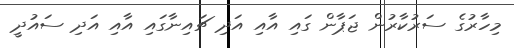
މިހާރުގެ ސަރުކާރުން ޖަޕާން ގައި އާއި އަދި ޗައިނާގައި އާއި އަދި ސައުދީ